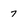
Character: 7